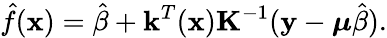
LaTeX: \hat{f}(\mathbf{x})=\hat{\beta}+\mathbf{k}^{T}(\mathbf{x})\mathbf{K}^{-1}(\mathbf{y}-\boldsymbol{\mu}\hat{\beta}).